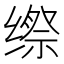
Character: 𮉯